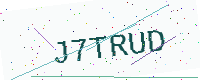
Text: J7TRUD